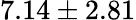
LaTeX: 7.14\pm 2.81